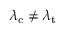
\lambda _ { \mathrm { c } } \neq \lambda _ { \mathrm { t } }